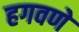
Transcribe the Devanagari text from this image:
हगवणे